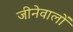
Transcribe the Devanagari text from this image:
जीनेवालों